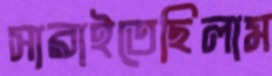
সারাইতেছিলাম